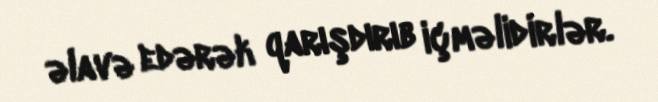
əlavə edərək qarışdırıb içməlidirlər.